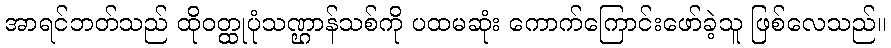
အာရင်ဘတ်သည် ထိုဝတ္ထုပုံသဏ္ဌာန်သစ်ကို ပထမဆုံး ကောက်ကြောင်းဖော်ခဲ့သူ ဖြစ်လေသည်။